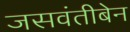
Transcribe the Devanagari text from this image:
जसवंतीबेन